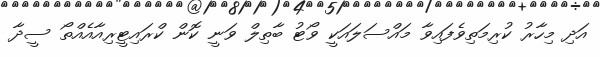
އަދި މިހާރު ކުރިމަތިވެފައިވާ މައްސަލައަކީ ވޯޓު ބާތިލް ވަނީ ކޮން ކްރައިޓީރިއާއެއްތޯ ސީދާ